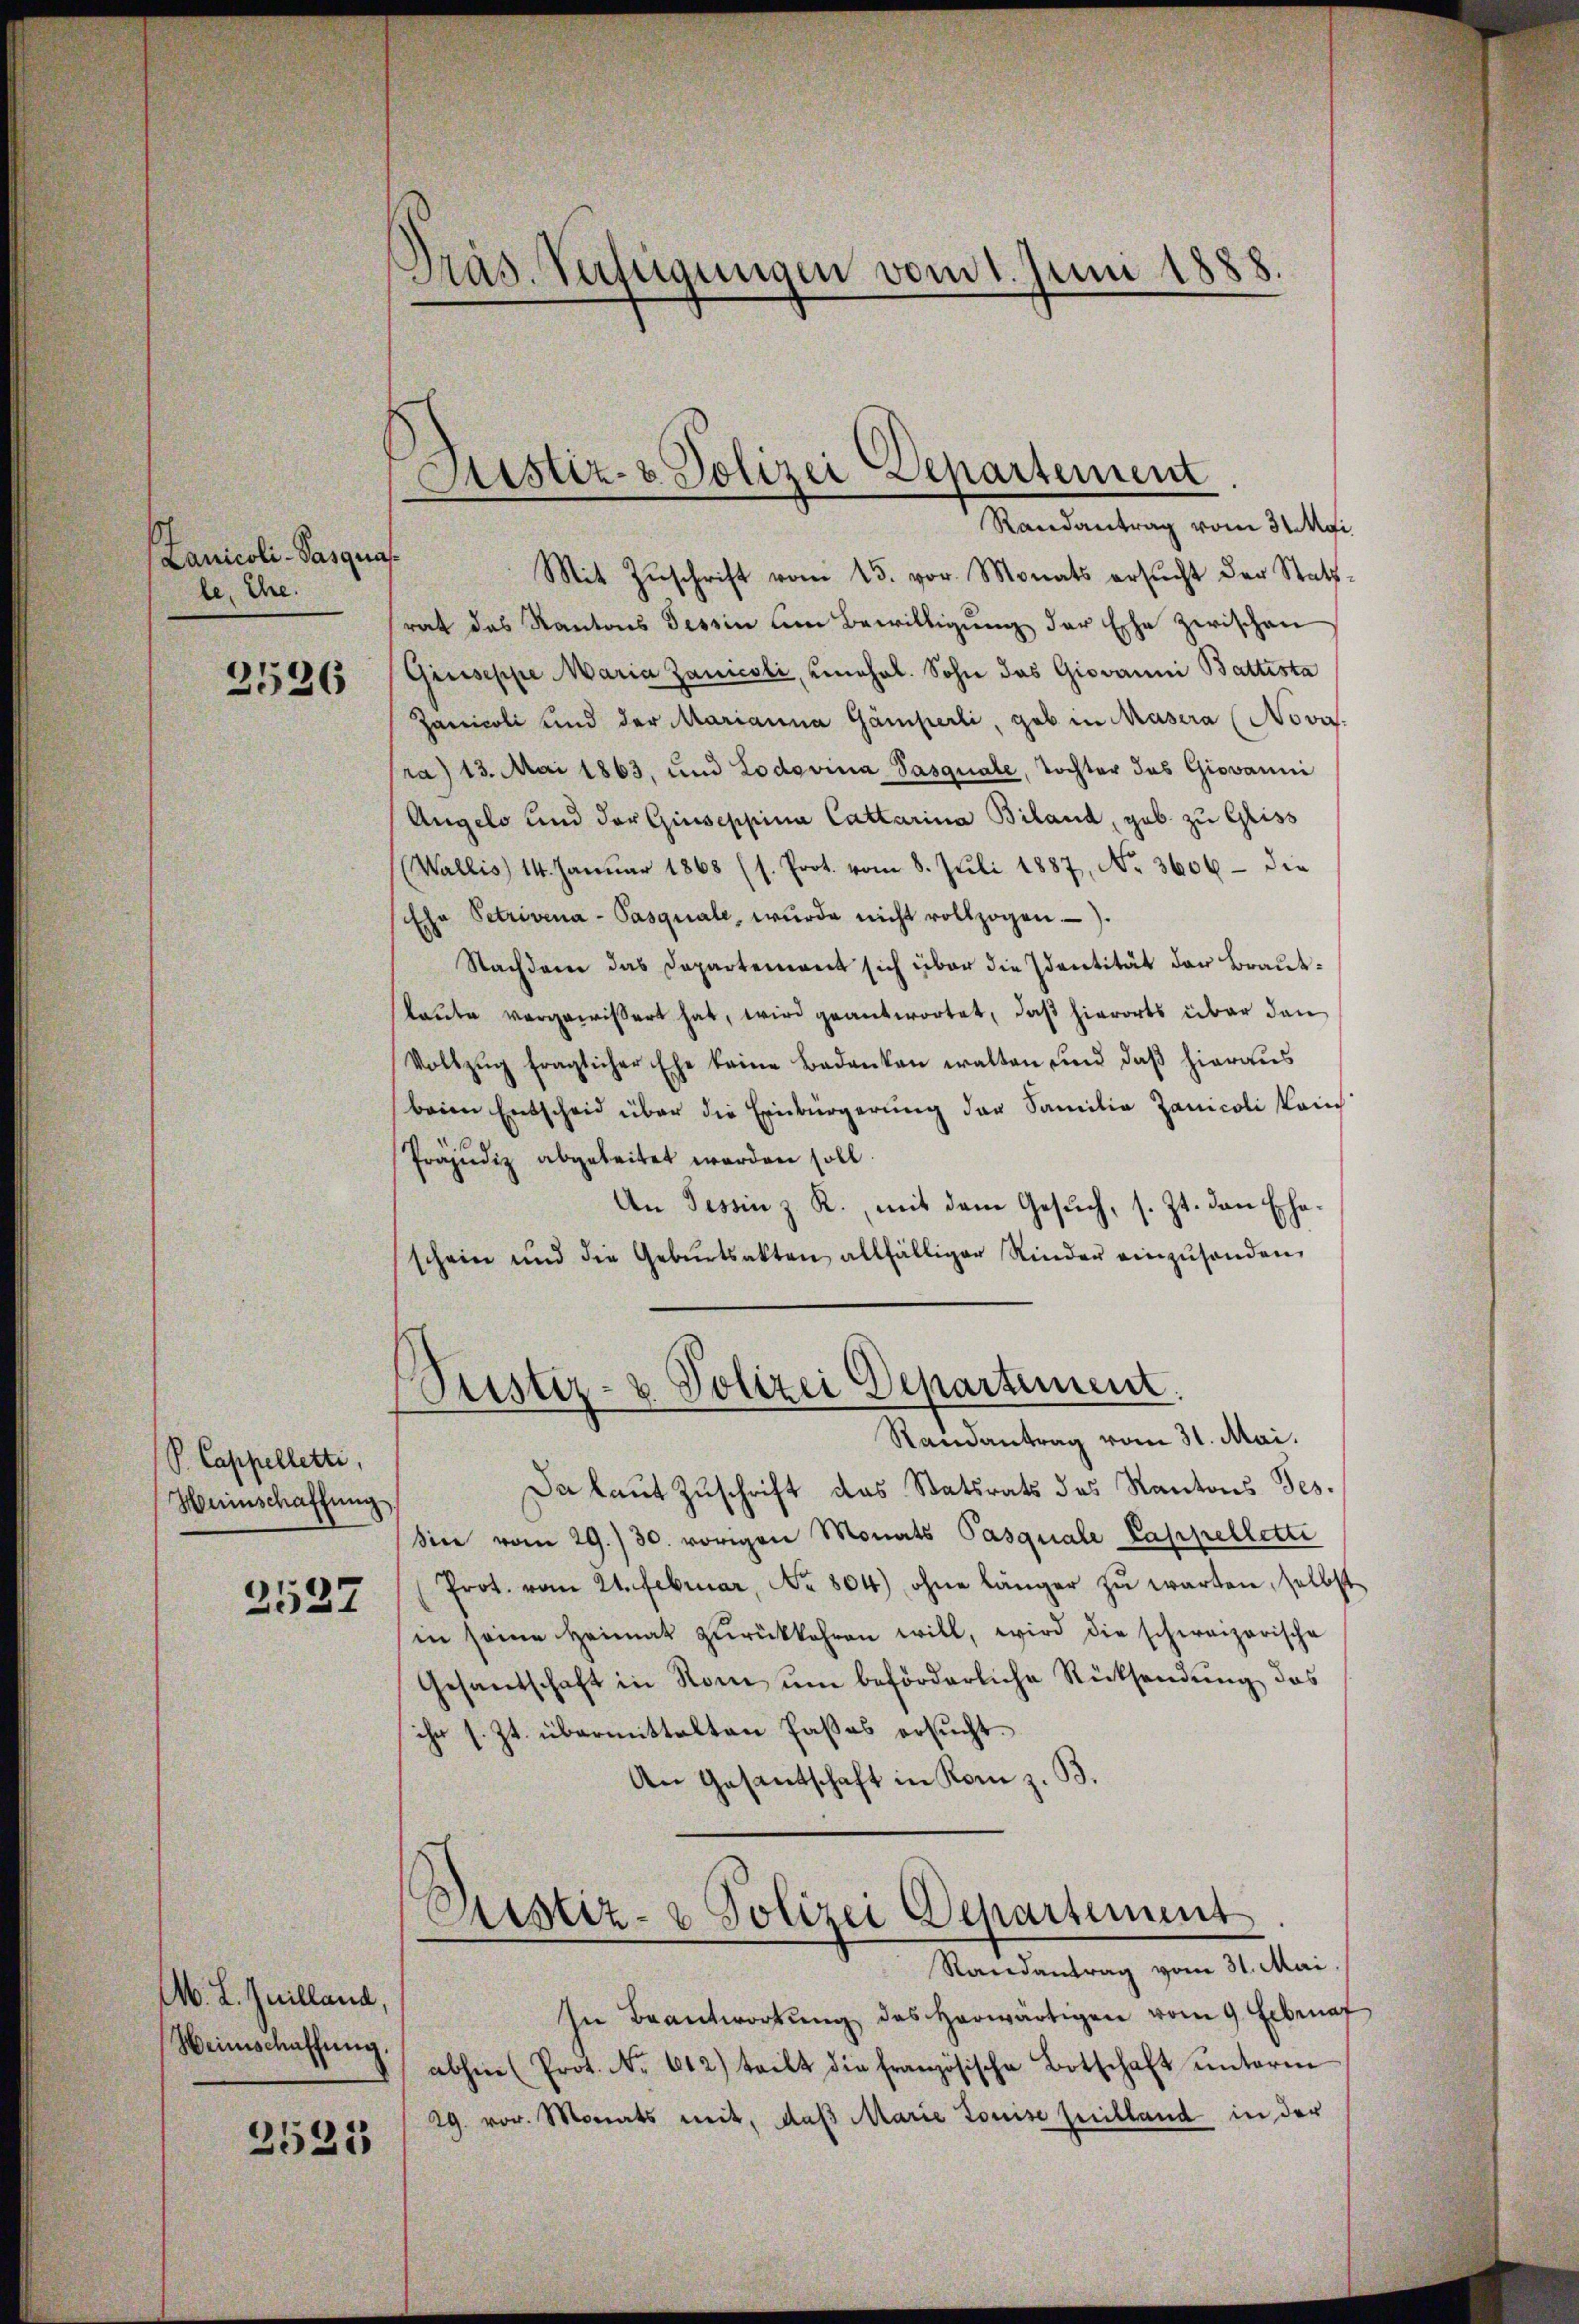
s
Lanicoli-Saszug
le, Ehe.

2536

P. Cappelletti,
Heinschaffung

2527

M. L. Juilland,
Weinschaffung.

2525

Präs. Verfügungen vom 1. Juni 1888.

Justiz- & Polizei Departement
e
Randantrag vom 31. Mai

f
Mit Zŭschrift vom 15. vor. Monats ersŭcht der Statt-
rat das Kantons Tessin um Bewilligung der Ehe zwischen
Giuseppe Maria Zamicoli, unehel. Sohn das Giovanni Battesta
Zanicoli und der Marianna Gamperli, geb. in Masera (Nova
ra) 13. Mai 1863, und Lodevina Pasquate, Tochter das Giovanni
Angelo und der Giuseppina Cattarina Biland, gab zu Gliss
(Wallis 14. Januar 1868 (s. Prot. vom 8. Juli 1887, No 3606 – die
Ehe Petrivena-Pasquale, wurde nicht vollzogen).
Nachdem das Departement sich über die Identität der Brautlaute vergewissert hat, wird geantwortet, daß hierorts über dan
Vollzŭg fraglicher Ehe keine Bedanken walten und daβ hieraus
beien Entscheid über die Einbürgerung der Familia Zanicoli kan
Präjudiz abgeleitet worden soll.
An Tessin z. R., mit dem Gesuch, s. Zt. den Erhaschein und die Gebŭrtsakten allfälliger Rinder einzŭsenden,
Pustiz- & Polizei Departement.
r
Randantrag vom 31. Mai.
Da laut Zuschrift das Statsrats des Kantons Ges.
Siee vom 29./30. vorigen Monats Pasquale Cappellette
Prot. vom 21. Februar, No. 804), ohne länger zu warten, selbst
in seine Heimat zŭrückkehren will, wird die schweizerische
Gesandschaft in Rom ŭm beförderliche Rücksendung das
ihr s. Zt. übermittelten Paßes ersucht.
An Gesentschaft in Rom z. B.

Cristiz- & Polizei Departiment

Randantrag vom 31. Mai.
In Beantwortung des herwärtigen vom 9. Erbenef
abhin (Prot. No. 612) teilt die französische Botschaft unterm
29. vor. Monats mit, daß Marie Louise heitland in der